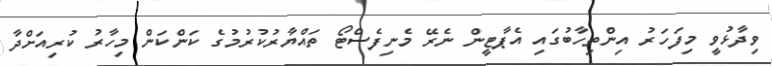
ވިދާޅުވީ މިފަހަރު އިންތިހާބުގައި އެޕާޓީން ނެރޭ މެނިފެސްޓޯ ތައްޔާރުކުރުމުގެ ކަންކަން މިހާރު ކުރިއަށްދާ